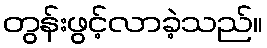
တွန်းဖွင့်လာခဲ့သည်။